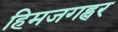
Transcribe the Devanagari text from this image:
हिमजगह्वर